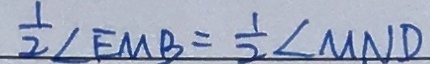
\frac { 1 } { 2 } \angle E M B = \frac { 1 } { 2 } \angle M N D